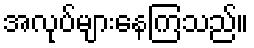
အလုပ်များနေကြသည်။